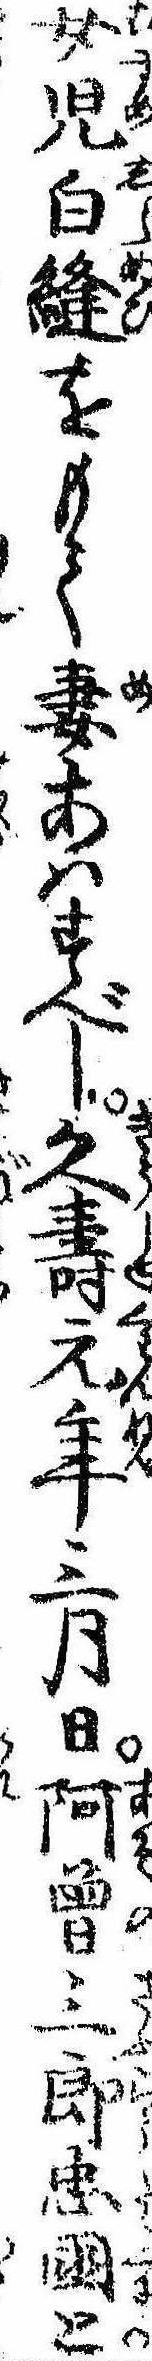
女児白縫をもて妻あはすべし久寿元年三月日阿曽三郎忠国と